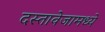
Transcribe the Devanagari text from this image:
दस्तावेजामध्ये